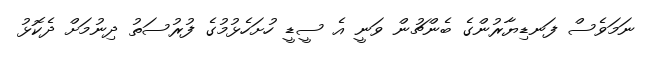
ނަމަވެސް ފަނޑިޔާރުންގެ ބެންޗުން ވަނީ އެ ސީޑީ ހުށަހެޅުމުގެ ފުރުސަތު ދިނުމަށް ދެކޮޅު